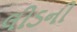
લીડની